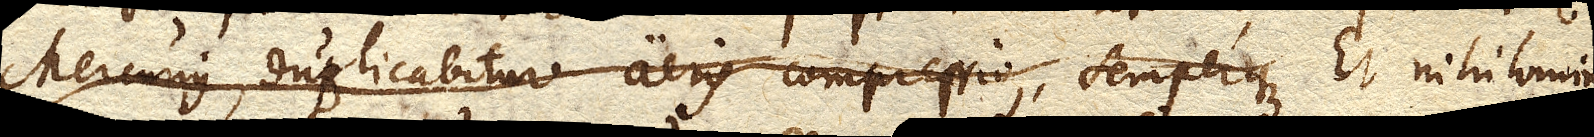
Mercurius, duplicabitur aeris compressio, semperque Et nihilominus,